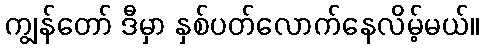
ကျွန်တော် ဒီမှာ နှစ်ပတ်လောက်နေလိမ့်မယ်။